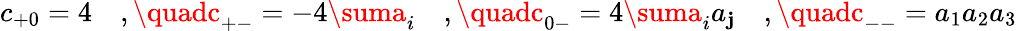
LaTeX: c_{+0}=4\quad,\quadc_{+-}=-4\suma_{i}\quad,\quadc_{0-}=4\suma_{i}a_{\mathbf{j}}\quad,\quadc_{--}=a_{1}a_{2}a_{3}